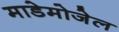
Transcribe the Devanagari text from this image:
माडेमोजेल